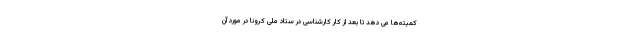
کمیته‌ها می دهد تا بعد از کار کارشناسی در ستاد ملی کرونا در مورد آن